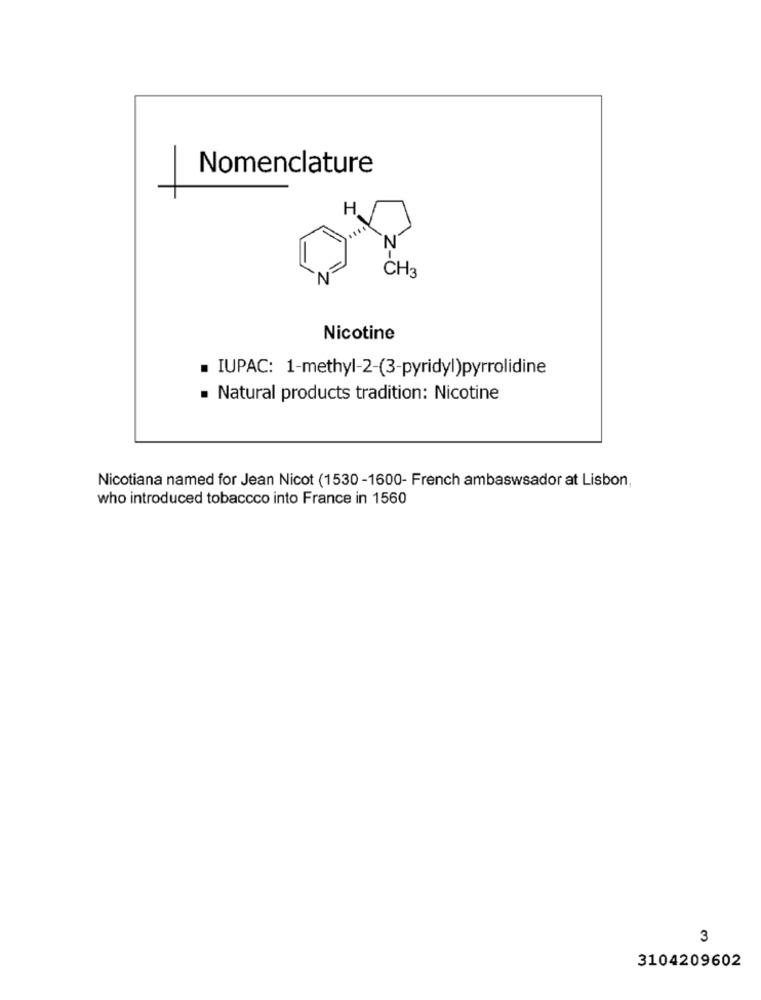
Nomenclature
H.
CH3
N
Nicotine
. IUPAC: 1-methyl-2-(3-pyridyl)pyrrolidine
Natural products tradition: Nicotine
Nicotiana named for Jean Nicot (1530-1600- French ambaswsador at Lisbon,
who introduced tobaccco into France in 1560
3
3104209602